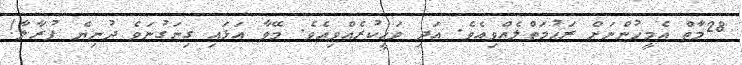
28މާތް އެމީހުންނަށް ރަޙުމަތްލެއްވިއެވެ. އަދި ވަޙީކުރެއްވިއެވެ. މޭވާ އަޅައި ގިނަގުނަވެ ދުނިޔެ ފުރާލާ!